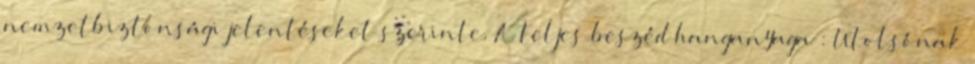
nemzetbiztonsági jelentéseket szerinte. A teljes beszéd hanganyaga : Utolsónak